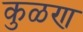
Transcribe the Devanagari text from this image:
कुळण